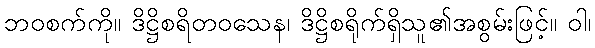
ဘဝစက်ကို။ ဒိဋ္ဌိစရိတဝသေန၊ ဒိဋ္ဌိစရိုက်ရှိသူ၏အစွမ်းဖြင့်။ ဝါ၊